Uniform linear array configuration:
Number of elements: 16
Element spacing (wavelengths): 0.25
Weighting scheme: cosine
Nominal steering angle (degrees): -60
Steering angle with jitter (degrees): -61.511
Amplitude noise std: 0.05
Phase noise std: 0.05

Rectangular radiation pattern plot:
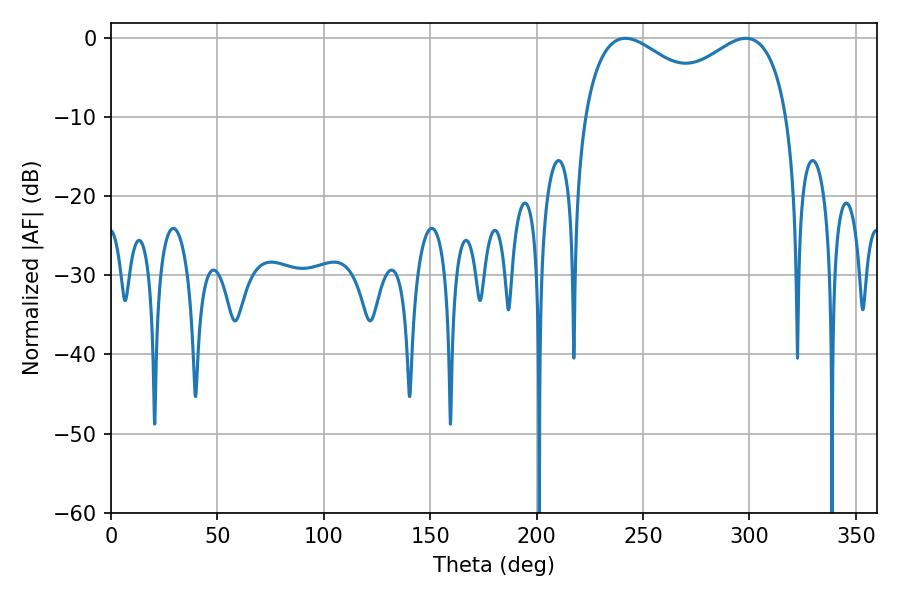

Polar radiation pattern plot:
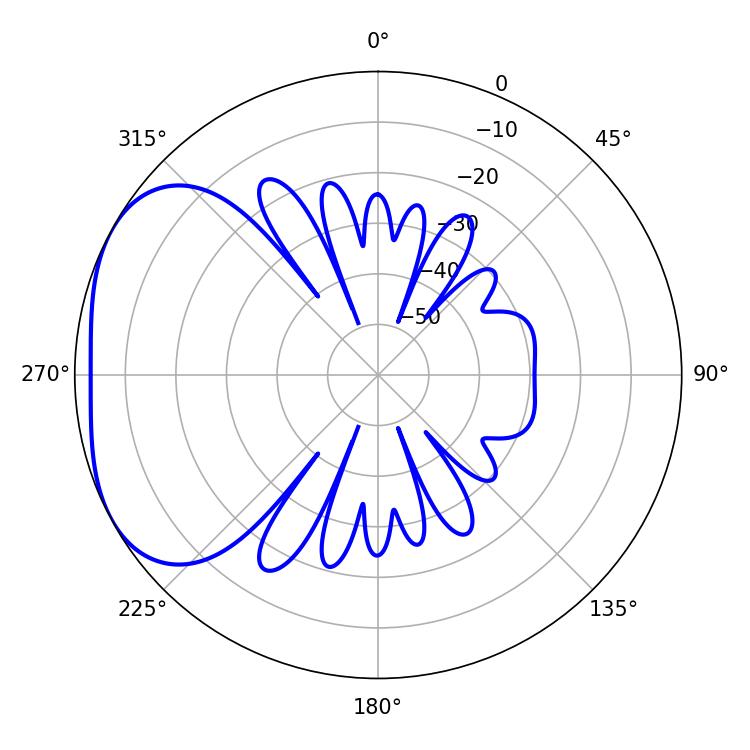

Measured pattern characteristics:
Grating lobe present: FALSE
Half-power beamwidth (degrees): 36
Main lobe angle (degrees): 241.74